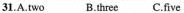
31.A.Two B.three C.five